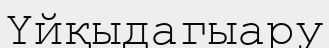
Үйқыдагыару